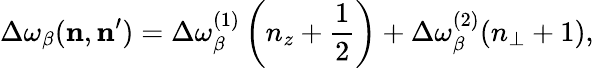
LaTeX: \Delta\omega_{\beta}(\mathbf{n},\mathbf{n^{\prime}})=\Delta\omega_{\beta}^{(1)}\left(n_{z}+\frac{1}{2}\right)+\Delta\omega_{\beta}^{(2)}(n_{\bot}+1),